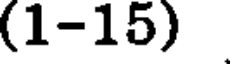
(1-15)